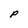
Character: P